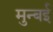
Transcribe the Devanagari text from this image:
मुन्बई